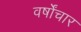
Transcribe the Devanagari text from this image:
वर्षोंचार